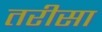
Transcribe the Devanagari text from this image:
तरीसा